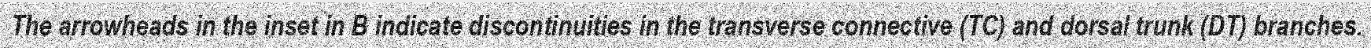
The arrowheads in the inset in B indicate discontinuities in the transverse connective (TC) and dorsal trunk (DT) branches.